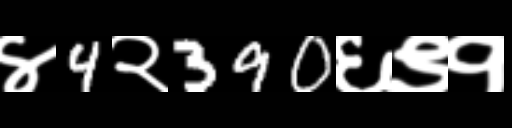
Text: ४4२390६९१